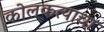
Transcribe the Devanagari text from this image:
कोलकत्याचा